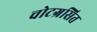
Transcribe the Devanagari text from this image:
चोटग्रसित